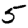
Digit: 5